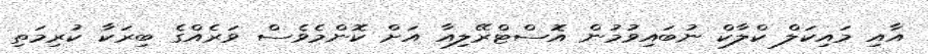
އާއި މައިކަލް ކްލާކް ނުބައިވުމުން އޮސްޓްރޭލިއާ އަށް ކޮންމެވެސް ވަރެއްގެ ބިރަކާ ކުރިމަތި